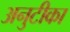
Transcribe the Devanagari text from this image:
अनुटीका